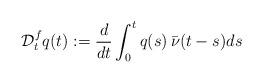
LaTeX: \begin{align*}\mathcal{D}^f_t q(t) : = \frac{d}{dt} \int_0^t q(s) \, \bar{\nu}(t-s) ds\end{align*}